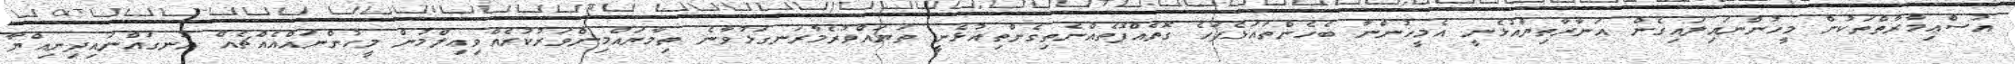
އުސްޢިމާރާތްތަކުން މީހުންނައިލައިގެން އަނާރާތިޔައުޅެނީ އެމީހުންނާ ބެހެންތައަޅެފަހެ ގޮތެއްފޮތެއްނެތިގެންތިއުޅެނީ ތަޔައްވުރެމާރަނގަޅުވާނެ ތިމާޔައްމިންވަރުކުރެއްވިޢިލްމުން މީހުންނައްއެއްޗެއް އުނގައްނައިދިނިއްޔާ